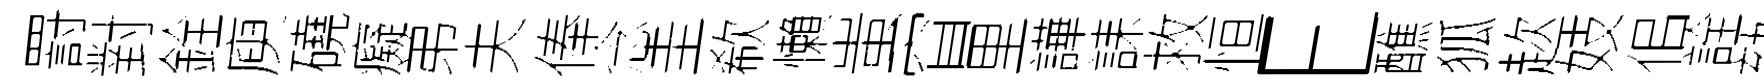
罸對銓庾磽癡弟夫俸念圭欷懶蚩窅里譁誄救恒E醮狐趑妓佀詮劾